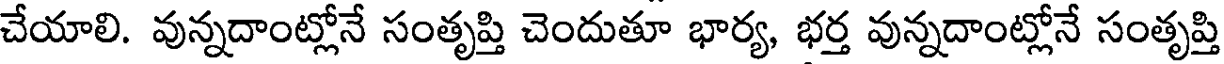
చేయాలి. వున్నదాంట్లోనే సంతృప్తి చెందుతూ భార్య, భర్త వున్నదాంట్లోనే సంతృప్తి